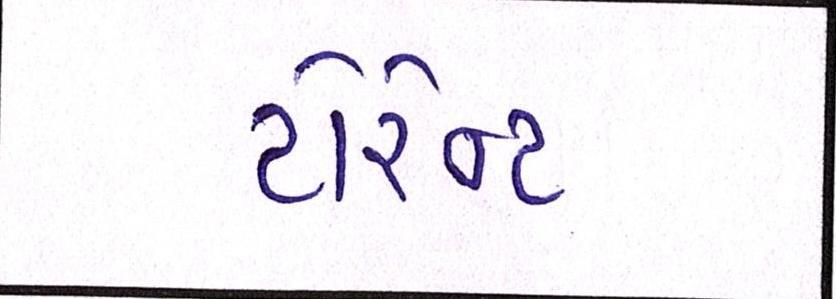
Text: ટોરેન્ટ